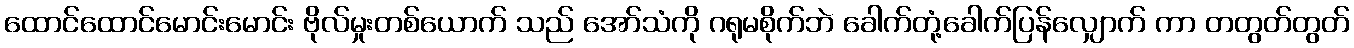
ထောင်ထောင်မောင်းမောင်း ဗိုလ်မှုးတစ်ယောက် သည် အော်သံကို ဂရုမစိုက်ဘဲ ခေါက်တုံ့ခေါက်ပြန်လျှောက် ကာ တတွတ်တွတ်